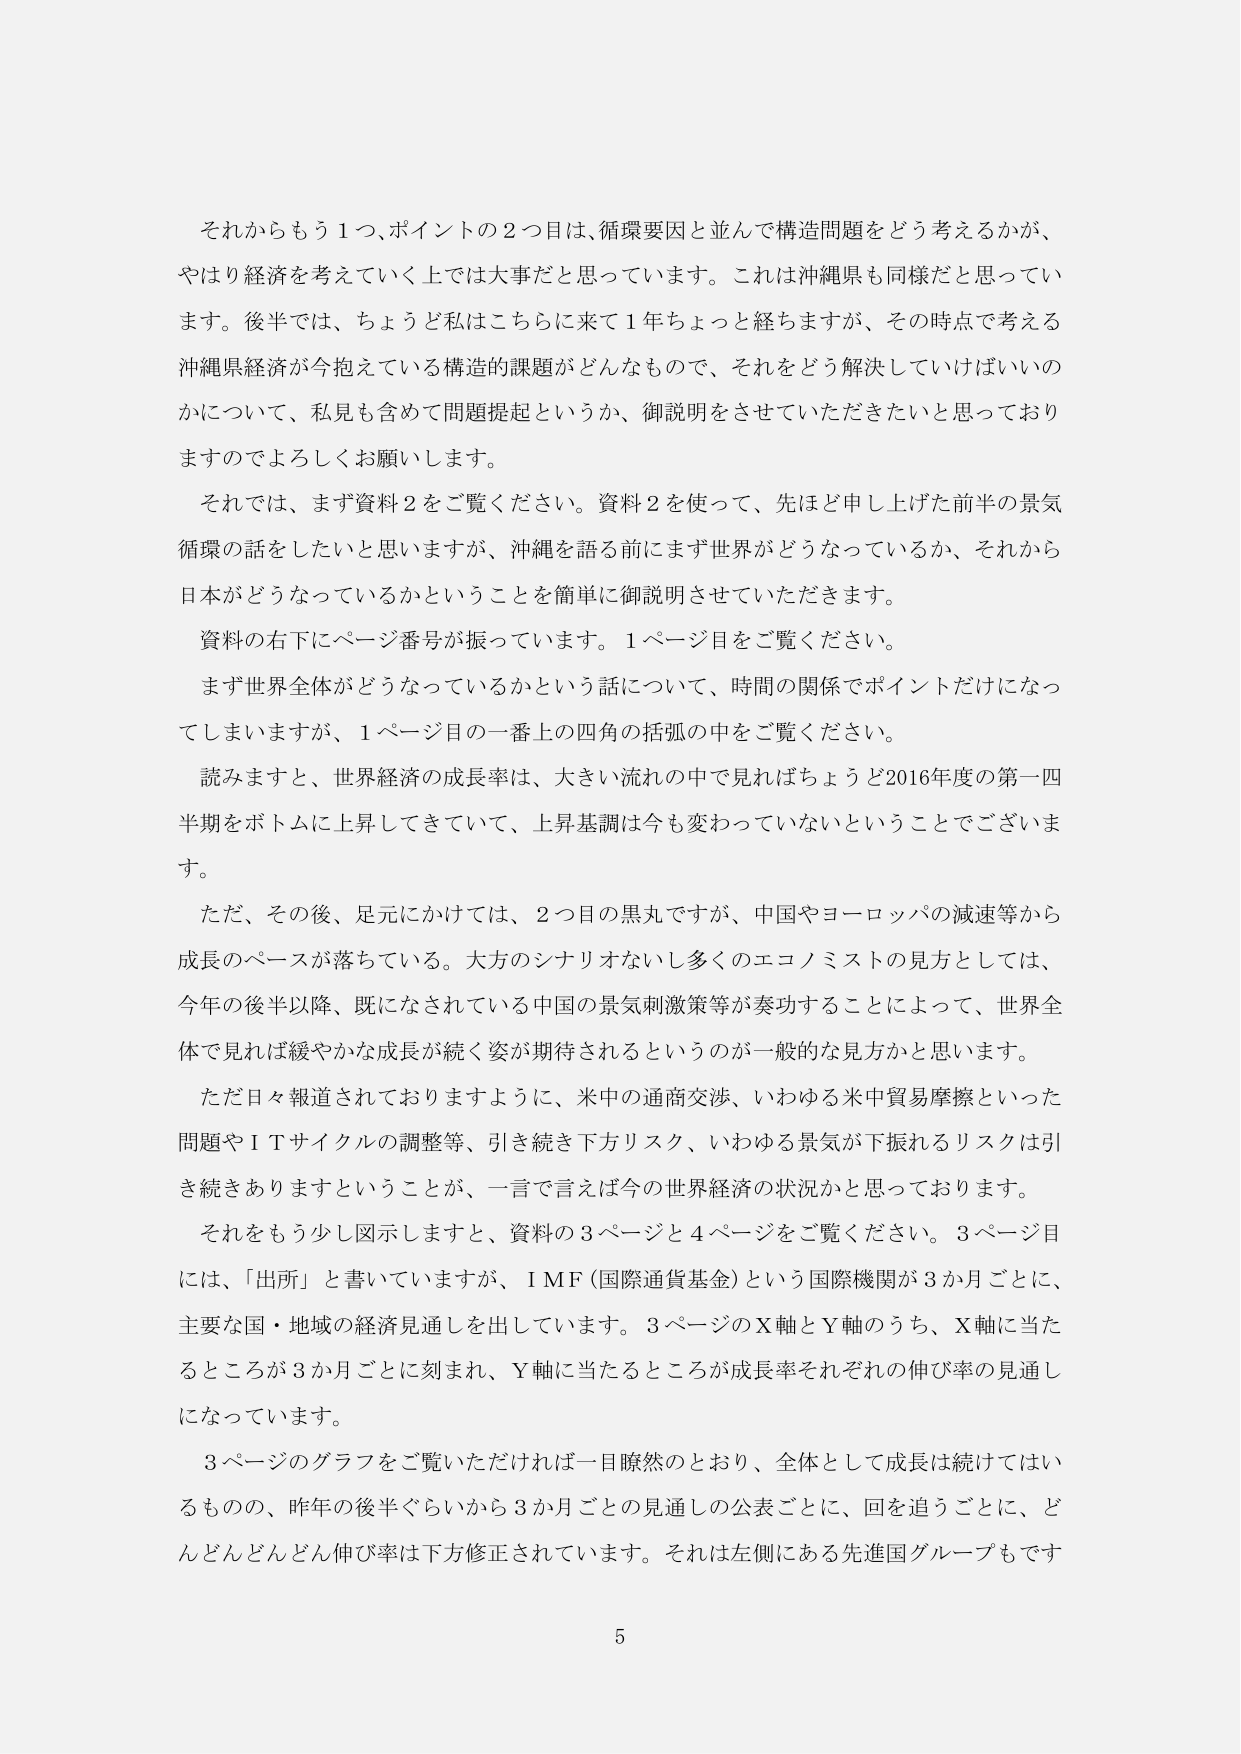
それからもう１つ、ポイントの２つ目は、循環要因と並んで構造問題をどう考えるかが、
やはり経済を考えていく上では大事だと思っています。これは沖縄県も同様だと思ってい
ます。後半では、ちょうど私はこちらに来て１年ちょっと経ちますが、その時点で考える
沖縄県経済が今抱えている構造的課題がどんなもので、それをどう解決していけばいいの
かについて、私見も含めて問題提起というか、御説明をさせていただきたいと思っており
ますのでよろしくお願いします。
それでは、まず資料２をご覧ください。資料２を使って、先ほど申し上げた前半の景気
循環の話をしたいと思いますが、沖縄を語る前にまず世界がどうなっているか、それから
日本がどうなっているかということを簡単に御説明させていただきます。
資料の右下にページ番号が振っています。１ページ目をご覧ください。
まず世界全体がどうなっているかという話について、時間の関係でポイントだけになっ
てしまいますか、１ページ目の一番上の四角の括弧の中をご覧ください。
読みますと、世界経済の成長率は、大きい流れの中で見ればちょうど2016年度の第一四
半期をボトムに上昇してきていて、上昇基調は今も変わっていないということでございま
す。
ただ、その後、足元にかけては、２つ目の黒丸ですが、中国やヨーロッパの減速等から
成長のペースが落ちている。大方のシナリオないし多くのエコノミストの見方としては、
今年の後半以降、既になされている中国の景気刺激策等が奏功することによって、世界全
体で見れば緩やかな成長が続く姿が期待されるというのが一般的な見方かと思います。
ただ日々報道されておりますように、米中の通商交渉、いわゆる米中貿易摩擦といった
問題やＩＴサイクルの調整等、引き続き下方リスク、いわゆる景気が下振れるリスクは引
き続きありますということが、一言で言えば今の世界経済の状況かと思っております。
それをもう少し図示しますと、資料の３ページと４ページをご覧ください。３ページ目
には、「出所」と書いていますが、ＩＭＦ（国際通貨基金）という国際機関が３か月ごとに、
主要な国・地域の経済見通しを出しています。３ページのＸ軸とＹ軸のうち、Ｘ軸に当た
るところが３か月ごとに刻まれ、Ｙ軸に当たるところが成長率それぞれの伸び率の見通し
になっています。
３ページのグラフをご覧いただければ一目瞭然のとおり、全体として成長は続けてはい
るものの、昨年の後半ぐらいから３か月ごとの見通しの公表ごとに、回を追うごとに、ど
んどんどんどん伸び率は下方修正されています。それは左側にある先進国グループもです
5